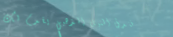
فندق النيل الذهبي يقدم لك